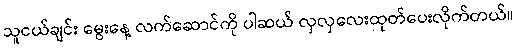
သူငယ်ချင်း မွေးနေ့ လက်ဆောင်ကို ပါဆယ် လှလှလေးထုတ်ပေးလိုက်တယ်။